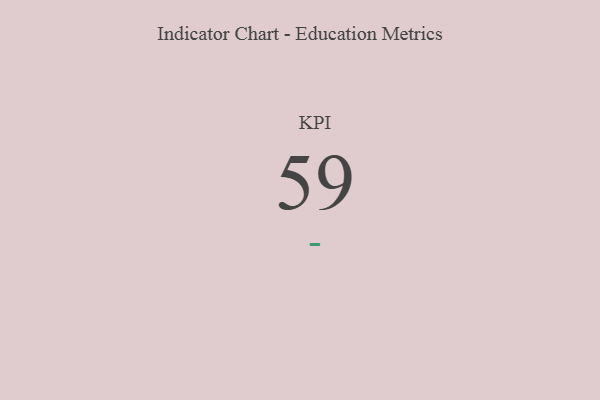
{"axis": {"x": "KPI", "y": "Value"}, "legend": [""], "data": [{"x": "KPI", "y": 59, "type": ""}]}